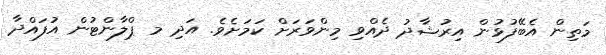
މަތިން އެބޭފުޅުން އިރުޝާދު ދެއްވި މިންވަރަށް ކަމަށެވެ. އަދި މ ޕްލާންޓުން އުފައްދާ